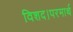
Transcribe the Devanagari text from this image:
विशद।परमार्थ